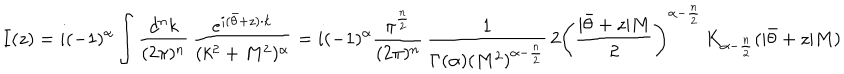
LaTeX: I ( z ) = i ( - 1 ) ^ { \alpha } \int { \frac { d ^ { n } k } { ( 2 \pi ) ^ { n } } } \, { \frac { e ^ { i ( \bar { \theta } + z ) \cdot k } } { ( k ^ { 2 } + M ^ { 2 } ) ^ { \alpha } } } = i ( - 1 ) ^ { \alpha } { \frac { \pi ^ { \frac { n } { 2 } } } { ( 2 \pi ) ^ { n } } } \, { \frac { 1 } { \Gamma ( \alpha ) ( M ^ { 2 } ) ^ { \alpha - { \frac { n } { 2 } } } } } \, 2 \left( { \frac { | \bar { \theta } + z | M } { 2 } } \right) ^ { \alpha - { \frac { n } { 2 } } } \, K _ { \alpha - { \frac { n } { 2 } } } ( | \bar { \theta } + z | M )